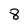
Character: 8